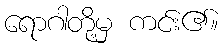
ရောဂါတို့မှ ကင်း၏။